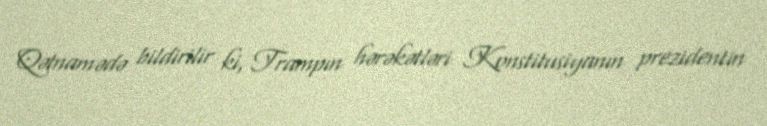
Qətnamədə bildirilir ki, Trampın hərəkətləri Konstitusiyanın prezidentin